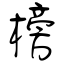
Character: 榜